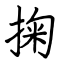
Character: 掬